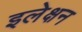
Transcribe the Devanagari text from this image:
इलेक्षन